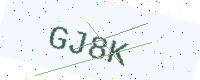
Text: GJ8K